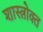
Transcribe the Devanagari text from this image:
शास्‍त्रोक्‍त